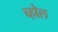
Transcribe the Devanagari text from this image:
च्होल